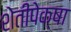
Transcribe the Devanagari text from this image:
शेतीपेक्षा